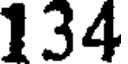
134